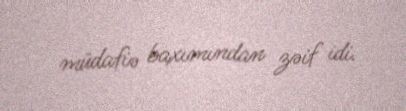
müdafiə baxımından zəif idi.